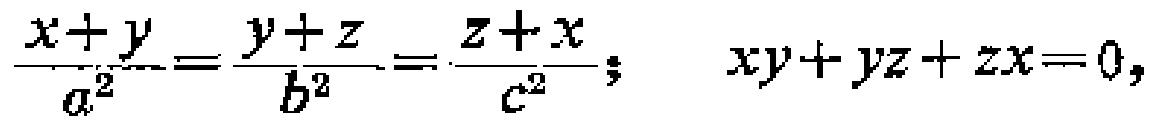
\(\frac{x + y}{a^{2}}=\frac{y + z}{b^{2}}=\frac{z + x}{c^{2}}; \quad xy + yz + zx = 0,\)